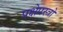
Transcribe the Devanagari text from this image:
प्रक्षेपस्त्रो